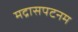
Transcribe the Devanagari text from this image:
मद्रासपटनम